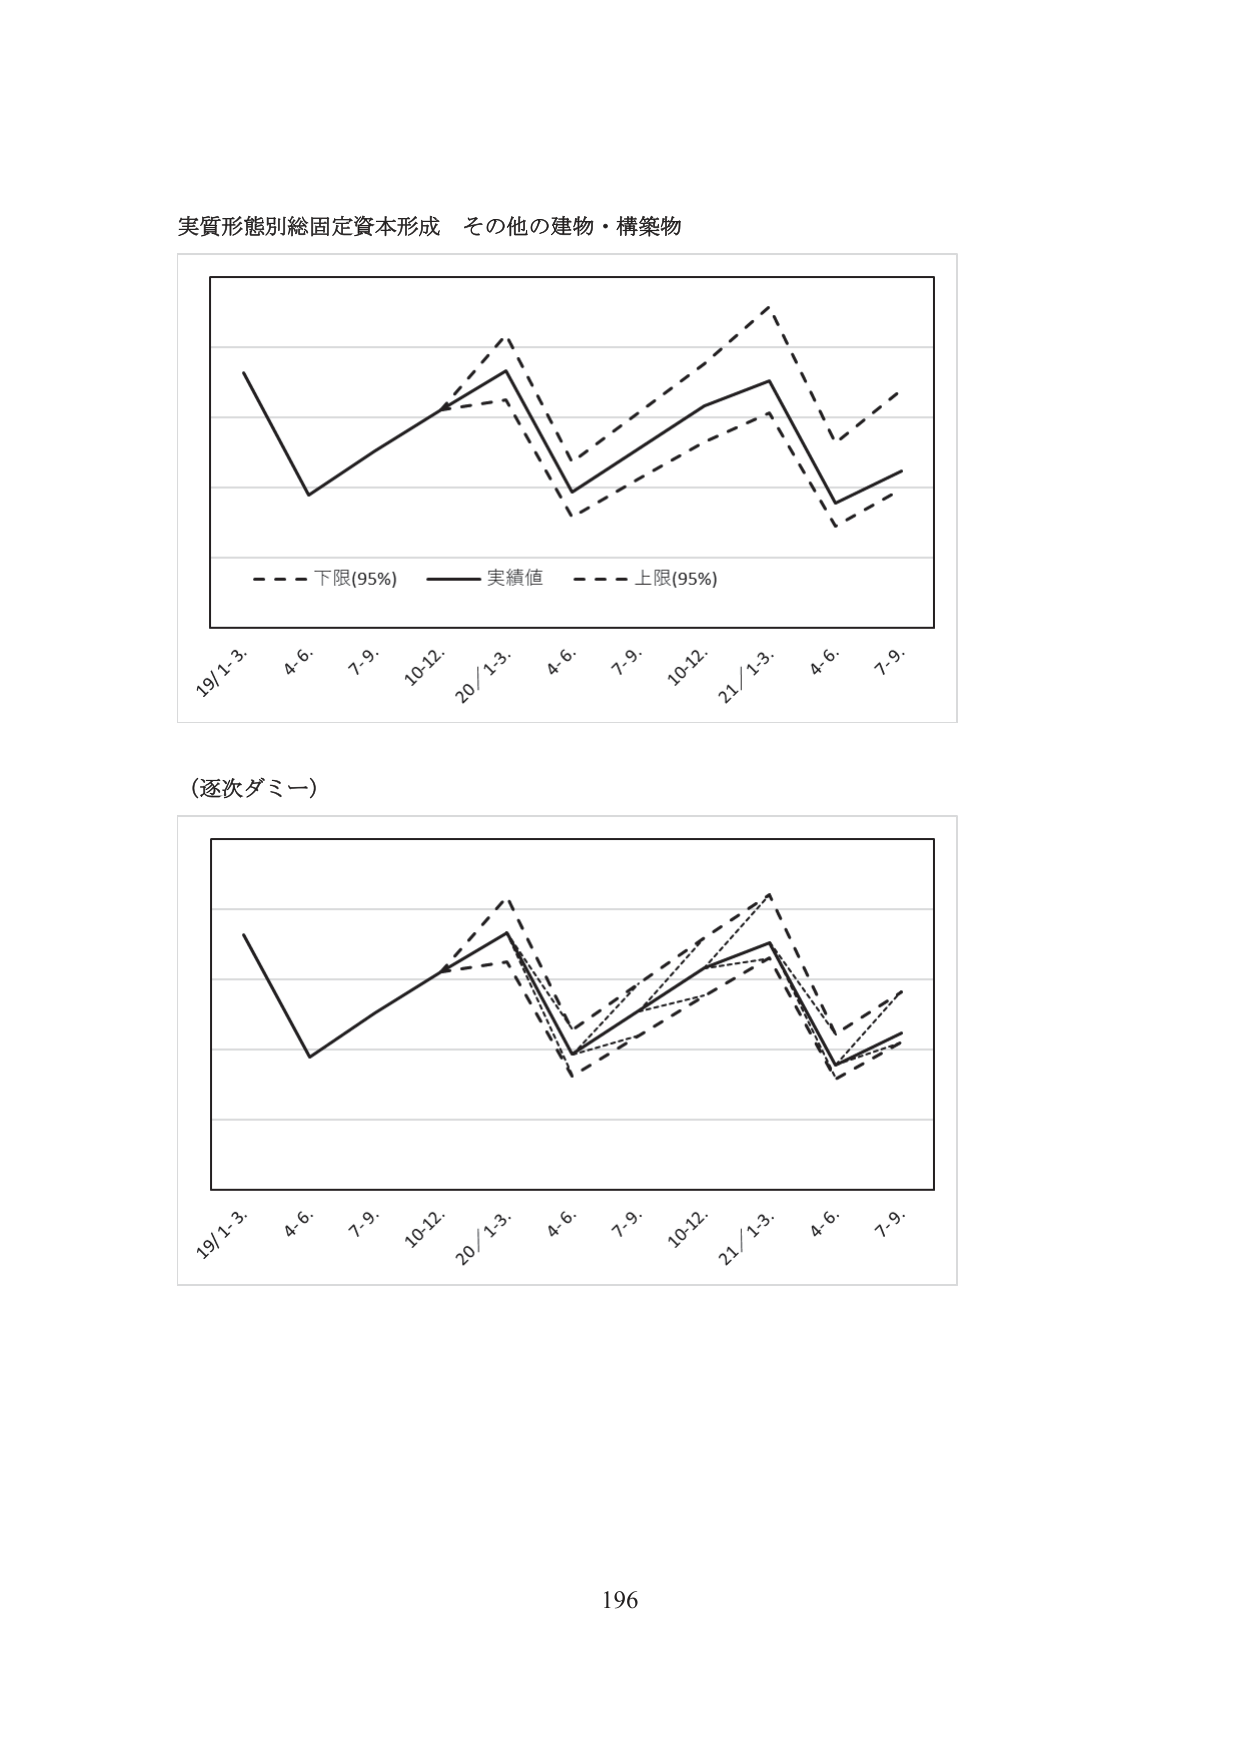
実質形態別総固定資本形成 その他の建物・構築物

- - - 下限(95%) —— 実績値 - - - 上限(95%)

19/1-3. 4-6. 7-9. 10-12. 20/1-3. 4-6. 7-9. 10-12. 21/1-3. 4-6. 7-9.

（逐次ダミー）

19/1-3. 4-6. 7-9. 10-12. 20/1-3. 4-6. 7-9. 10-12. 21/1-3. 4-6. 7-9.

196